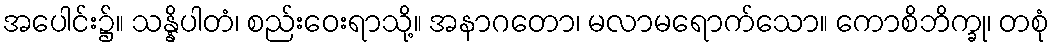
အပေါင်း၌။ သန္နိပါတံ၊ စည်းဝေးရာသို့။ အနာဂတော၊ မလာမရောက်သော။ ကောစိဘိက္ခု၊ တစုံ